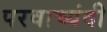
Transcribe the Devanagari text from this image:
परवाच्यंदी